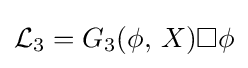
{\mathcal {L}}_{3}=G_{3}(\phi ,\,X)\Box \phi